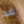
قد